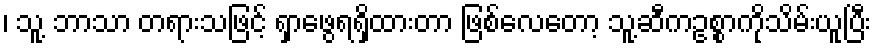
၊ သူ့ ဘာသာ တရားသဖြင့် ရှာဖွေရရှိထားတာ ဖြစ်လေတော့ သူ့ဆီကဥစ္စာကိုသိမ်းယူပြီး